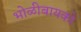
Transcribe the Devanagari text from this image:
भोळीबायको